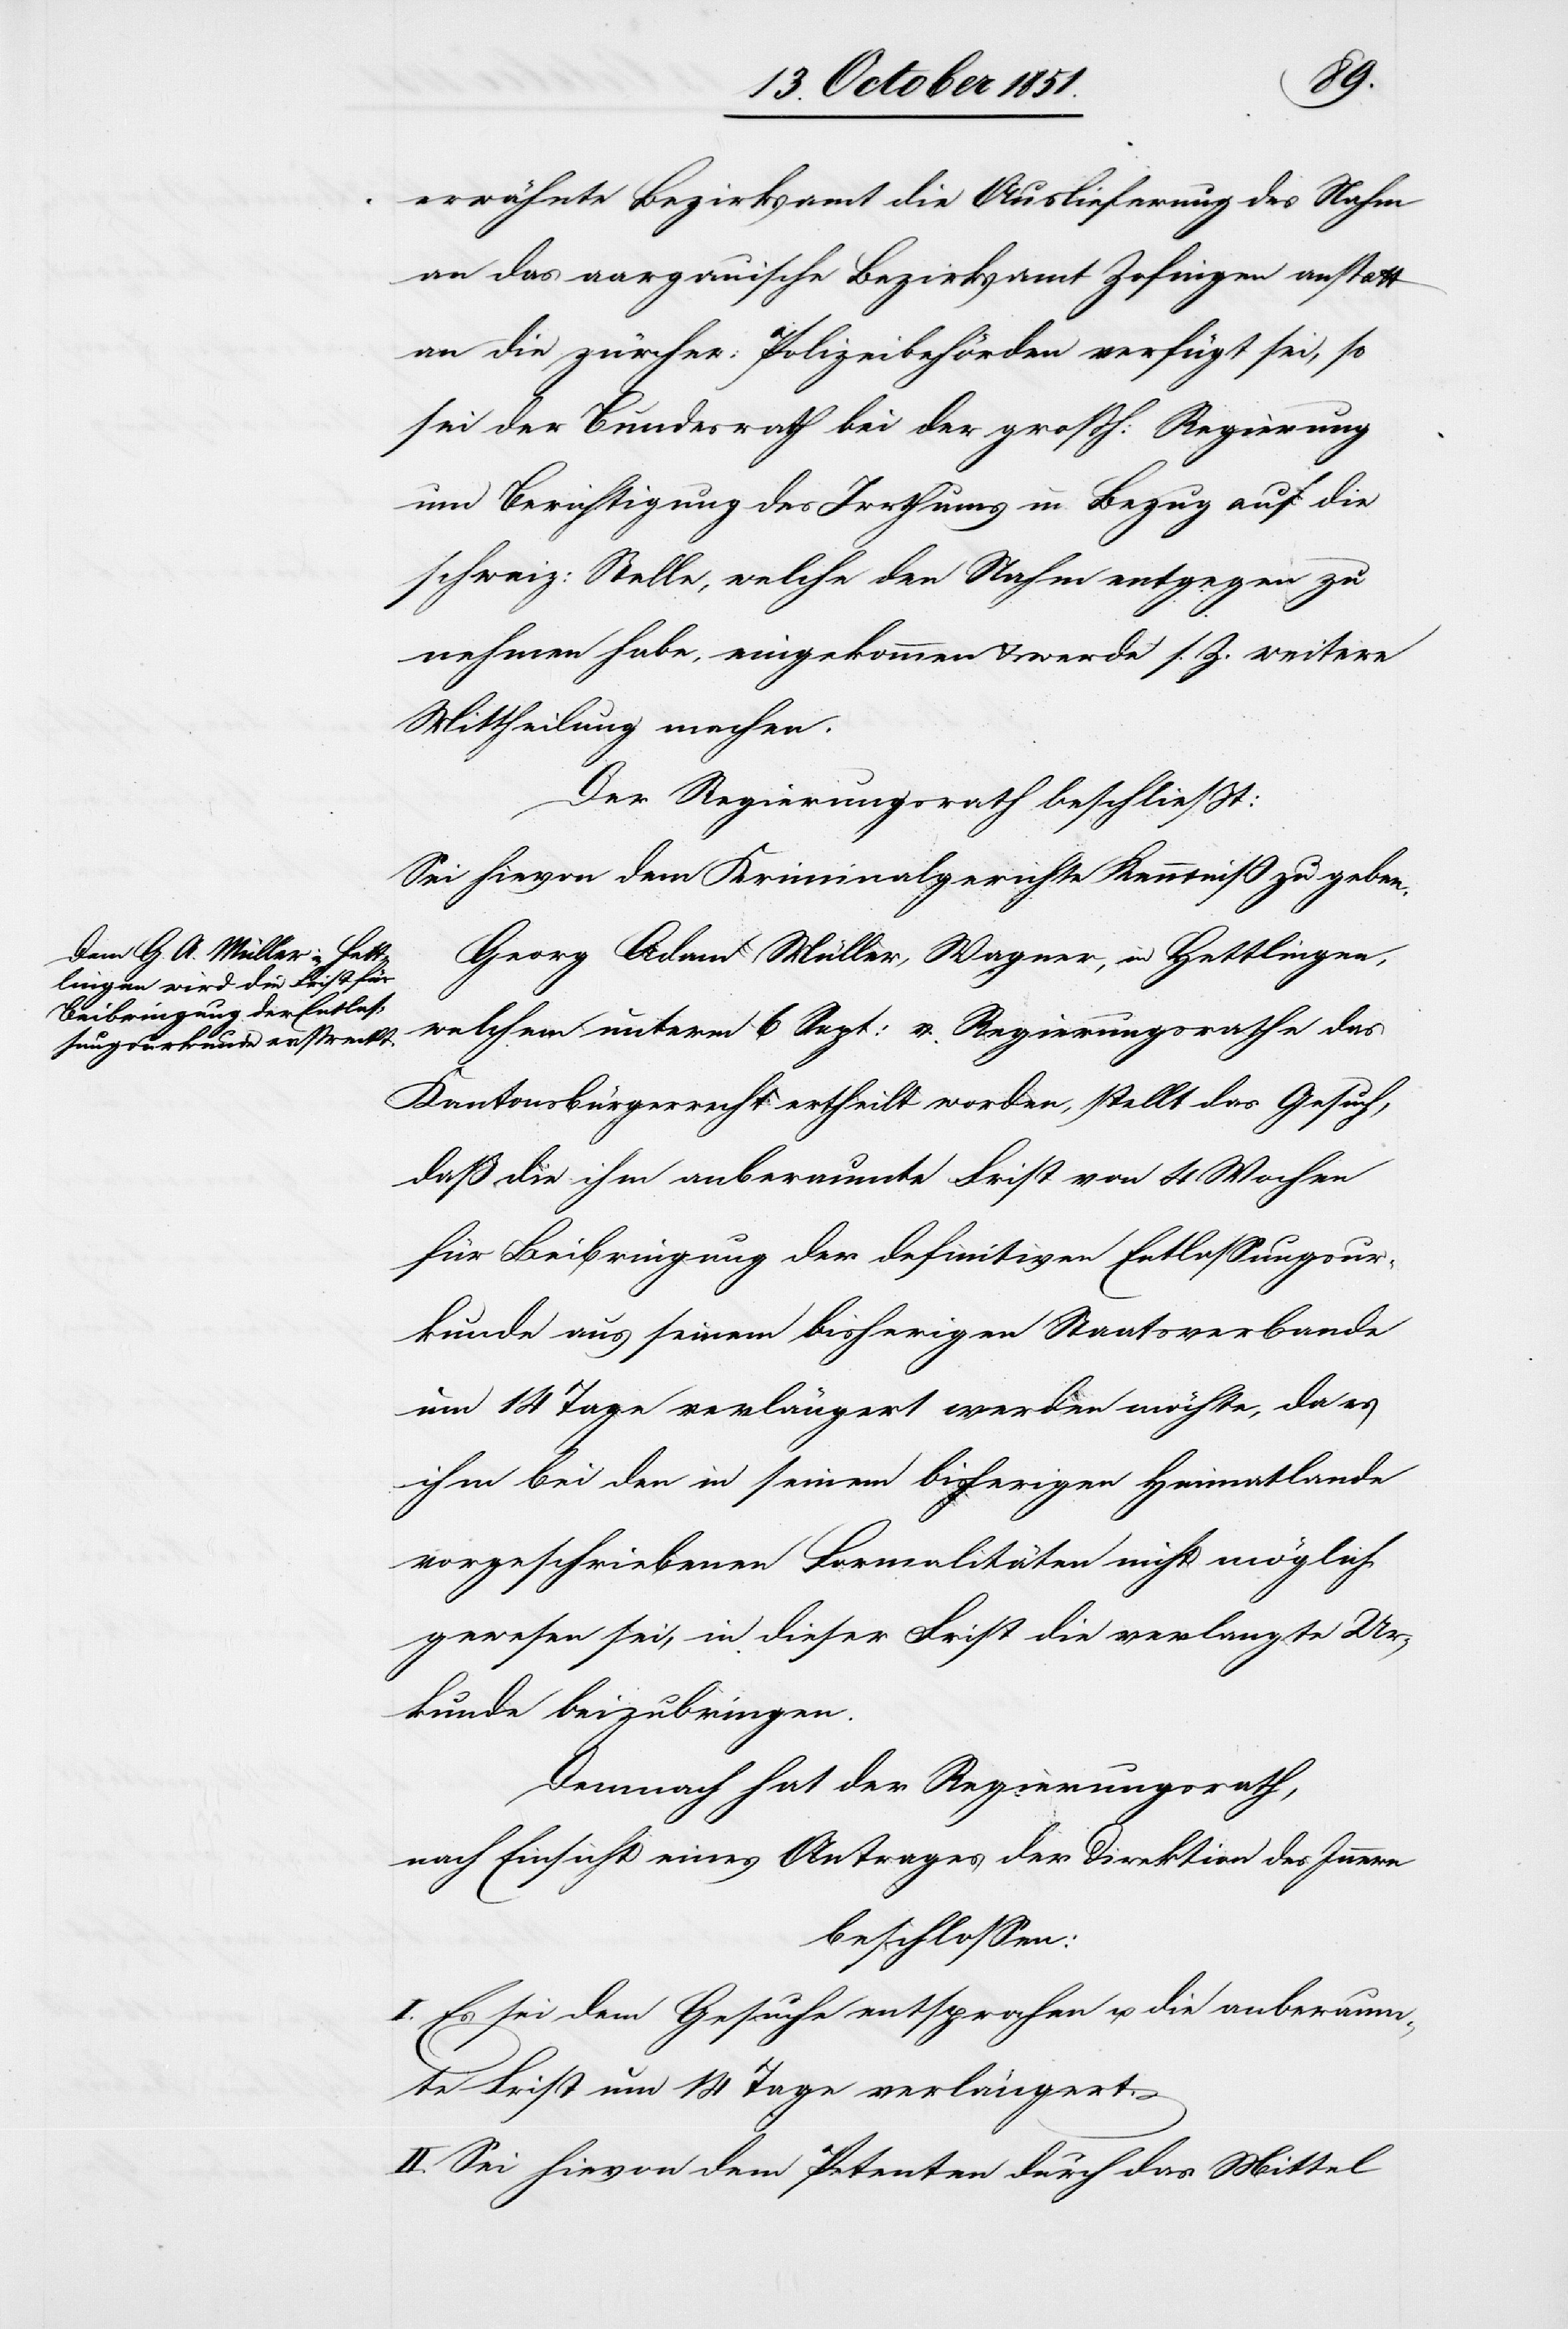
erwähnte Bezirksamt die Auslieferung des Nahm
an das aargauische Bezirksamt Zofingen anstatt
an die zürcher: Polizeibehörden verfügt sei, so
sei der Bundesrath bei der großh: Regierung
um Berichtigung des Irrthums in Bezug auf die
schweiz: Stelle, welche den Nahm entgegen zu
nehmen habe, eingekommen & werde s. Z. weitere
Mittheilung machen.
Der Regierungsrath beschließt:
Sei hievon dem Kriminalgerichte Kenntniß zu geben.
Georg Adam Müller, Wagner, in Hettlingen,
welchem unterm 6 Sept: v. Regierungsrathe das
Kantonsbürgerrecht ertheilt worden, stellt das Gesuch,
daß die ihm anberaumte Frist von 4 Wochen
für Beibringung der definitiven Entlassungsur¬
kunde aus seinem bisherigen Staatsverbande
um 14 Tage verlängert werden möchte, da es
ihm bei den in seinem bisherigen Heimatlande
vorgeschriebenen Formalitäten nicht möglich
gewesen sei, in dieser Frist die verlangte Ur¬
kunde beizubringen.
Demnach hat der Regierungsrath,
nach Einsicht eines Antrages der Direktion des Innern
beschlossen:
I. Es sei dem Gesuche entsprochen u. die anberaum¬
te Frist um 14 Tage verlängert.
II. Sei hievon dem Petenten durch das Mittel